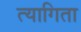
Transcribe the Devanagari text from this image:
त्यागिता